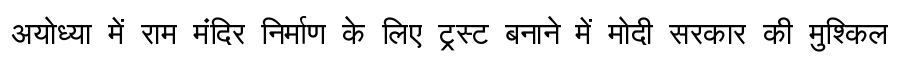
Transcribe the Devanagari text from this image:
अयोध्या में राम मंदिर निर्माण के लिए ट्रस्ट बनाने में मोदी सरकार की मुश्किल